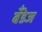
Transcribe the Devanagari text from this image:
बँडेज